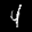
Label: 4